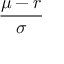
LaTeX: \frac { \mu - r } { \sigma }